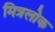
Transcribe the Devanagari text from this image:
मित्रलोक